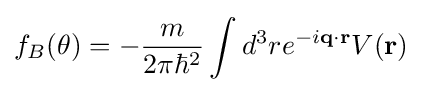
f_{B}(\theta )=-{\frac {m}{2\pi \hbar ^{2}}}\int d^{3}re^{-i\mathbf {q} \cdot \mathbf {r} }V(\mathbf {r} )\;